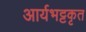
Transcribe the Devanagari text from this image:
आर्यभट्टकृत